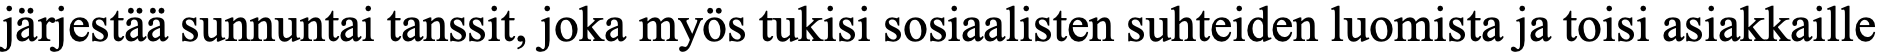
järjestää sunnuntai tanssit, joka myös tukisi sosiaalisten suhteiden luomista ja toisi asiakkaille